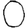
Digit: 0